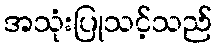
အသုံးပြုသင့်သည်